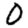
Digit: 0